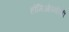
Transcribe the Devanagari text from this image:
होमिओपथीची